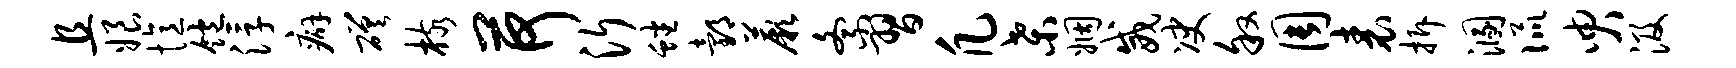
且娘忆饱浮癖磋核荷沂蟠邰蕨紊习凡桑姻威决叙周表拆溷侃臾汲